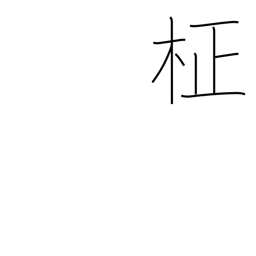
Meaning: straight grain